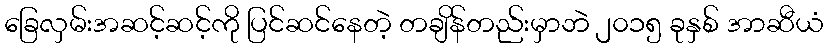
ခြေလှမ်းအဆင့်ဆင့်ကို ပြင်ဆင်နေတဲ့ တချိန်တည်းမှာဘဲ ၂၀၁၅ ခုနှစ် အာဆီယံ